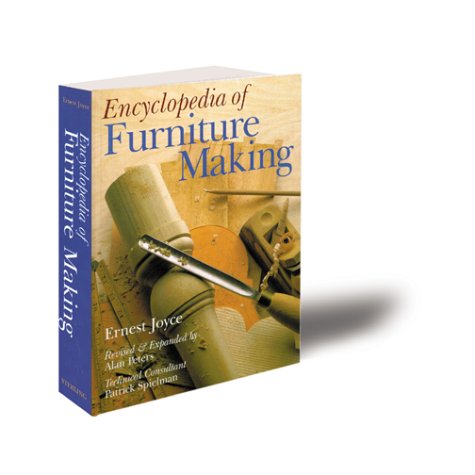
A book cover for Encyclopedia of Furniture Making; Ernest Joyce; Crafts, Hobbies & Home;